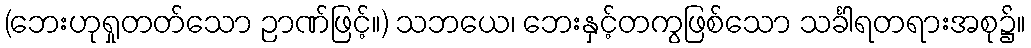
(ဘေးဟုရှုတတ်သော ဉာဏ်ဖြင့်။) သဘယေ၊ ဘေးနှင့်တကွဖြစ်သော သင်္ခါရတရားအစု၌။